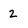
Character: 2